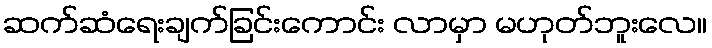
ဆက်ဆံရေးချက်ခြင်းကောင်း လာမှာ မဟုတ်ဘူးလေ။